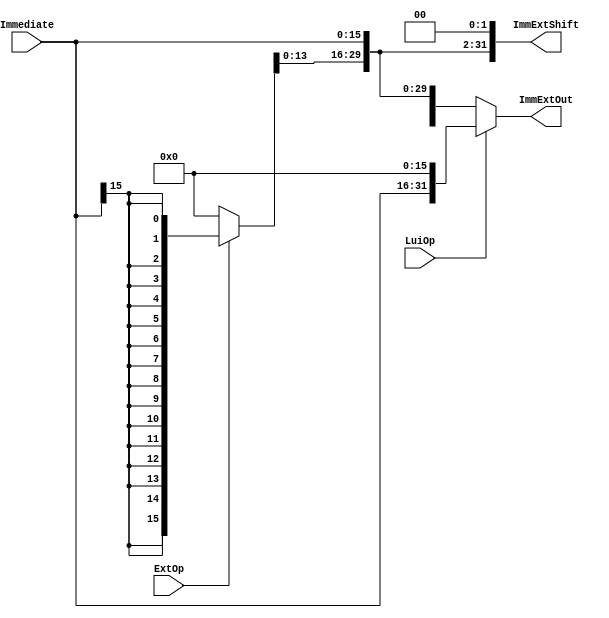
// This program was cloned from: https://github.com/TCL606/MipsPipeline
// License: MIT License

`timescale 1ns / 1ps

module ImmProcess(ExtOp, LuiOp, Immediate, ImmExtOut, ImmExtShift); 
    //Input Control Signals
    input ExtOp; //'0'-zero extension, '1'-signed extension
    input LuiOp; //for lui instruction
    //Input
    input [15:0] Immediate;
    //Output
    output [31:0] ImmExtOut;
    output [31:0] ImmExtShift;

    wire [31:0] ImmExt;
    
    assign ImmExt = {ExtOp? {16{Immediate[15]}}: 16'h0000, Immediate};
    assign ImmExtShift = ImmExt << 2;
    assign ImmExtOut = LuiOp? {Immediate, 16'h0000}: ImmExt;

endmodule